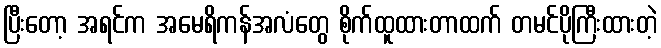
ပြီးတော့ အရင်က အမေရိကန်အလံတွေ စိုက်ထူထားတာထက် တမင်ပိုကြီးထားတဲ့